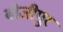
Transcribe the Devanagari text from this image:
बीजीपुर